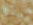
فرشاة